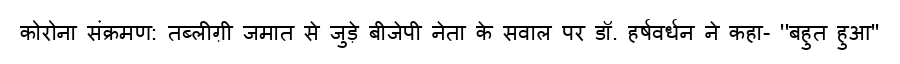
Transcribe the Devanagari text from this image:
कोरोना संक्रमण: तब्लीग़ी जमात से जुड़े बीजेपी नेता के सवाल पर डॉ. हर्षवर्धन ने कहा- ''बहुत हुआ''